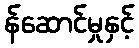
န်ဆောင်မှုနှင့်